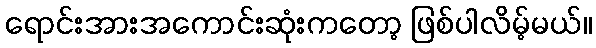
ရောင်းအားအကောင်းဆုံးကတော့ ဖြစ်ပါလိမ့်မယ်။